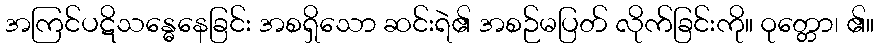
အကြင်ပဋိသန္ဓေနေခြင်း အစရှိသော ဆင်းရဲ၏ အစဉ်မပြတ် လိုက်ခြင်းကို။ ဝုတ္တော၊ ၏။